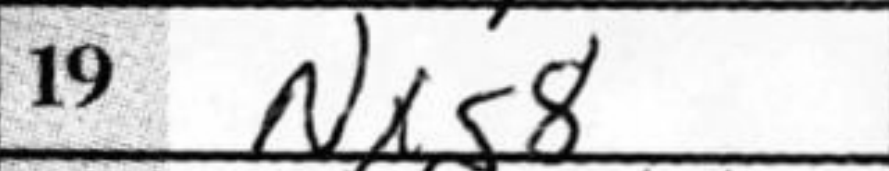
Transcription: Nxg8